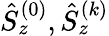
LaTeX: \hat{S}_{z}^{(0)},\hat{S}_{z}^{(k)}